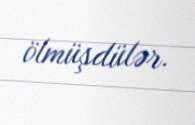
ölmüşdülər.